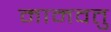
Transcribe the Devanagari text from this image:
मामवतु